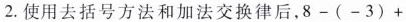
2.使用去括号方法和加法交换律后，8-(-3)+